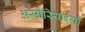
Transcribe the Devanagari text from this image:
असीरियाईयों